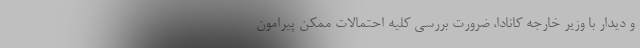
و دیدار با وزیر خارجه کانادا، ضرورت بررسی کلیه احتمالات ممکن پیرامون